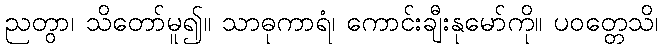
ညတွာ၊ သိတော်မူ၍။ သာဓုကာရံ၊ ကောင်းချီးနုမော်ကို။ ပဝတ္တေသိ၊